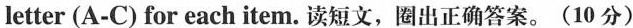
letter (A-C) for each item.读短文,圈出正确答案.(10 分)